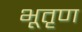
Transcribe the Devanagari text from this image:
भूतृण